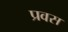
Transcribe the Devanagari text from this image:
प्रवस